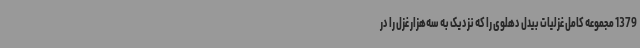
1379 مجموعه کامل غزلیات بیدل دهلوی را که نزدیک به سه‌هزار غزل را در